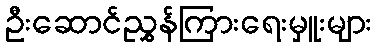
ဦးဆောင်ညွှန်ကြားရေးမှူးများ